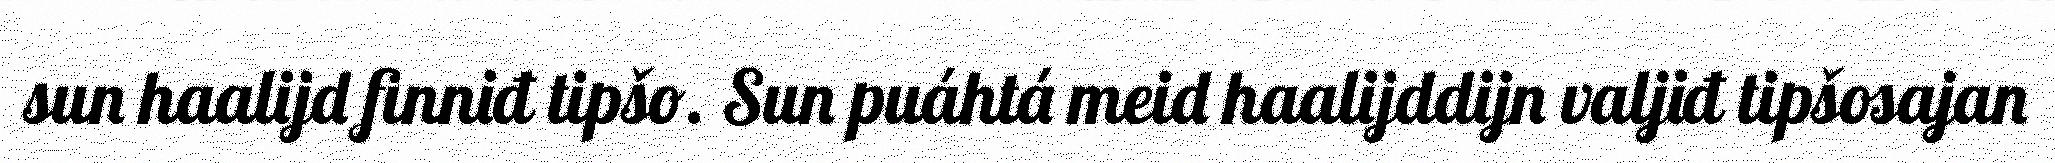
sun haalijd finniđ tipšo. Sun puáhtá meid haalijddijn valjiđ tipšosajan